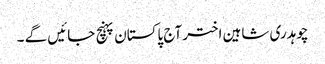
چوہدری شاہین اختر آج پاکستان پہنچ جائیں گے ۔